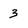
Character: 3